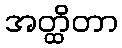
အတ္ထိတာ